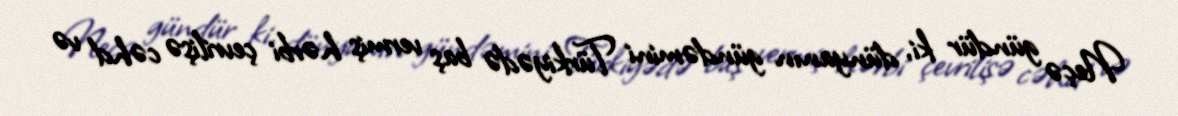
Neçə gündür ki, dünyanın gündəmini Türkiyədə baş vermiş hərbi çevrilişə cəhd və